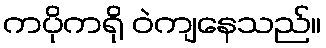
ကပိုကရို ဝဲကျနေသည်။